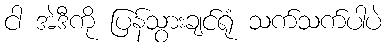
ငါ အဲဒီကို ပြန်သွားချင်ရုံ သက်သက်ပါပဲ